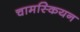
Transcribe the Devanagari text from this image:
चामस्कियन